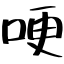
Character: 哽